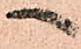
へ